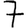
Digit: 7